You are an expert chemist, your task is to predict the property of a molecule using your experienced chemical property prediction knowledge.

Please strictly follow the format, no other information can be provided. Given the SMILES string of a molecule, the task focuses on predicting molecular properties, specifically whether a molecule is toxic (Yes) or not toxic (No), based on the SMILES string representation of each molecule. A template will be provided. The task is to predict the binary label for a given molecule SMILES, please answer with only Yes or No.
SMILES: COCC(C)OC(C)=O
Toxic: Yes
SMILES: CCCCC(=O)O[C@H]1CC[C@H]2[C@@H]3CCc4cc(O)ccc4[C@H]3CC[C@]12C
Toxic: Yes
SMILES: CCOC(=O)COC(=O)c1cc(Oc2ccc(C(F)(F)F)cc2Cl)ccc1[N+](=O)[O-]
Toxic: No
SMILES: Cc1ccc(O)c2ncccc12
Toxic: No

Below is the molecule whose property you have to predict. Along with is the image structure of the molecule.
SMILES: C[C@@H](N)C(=O)O
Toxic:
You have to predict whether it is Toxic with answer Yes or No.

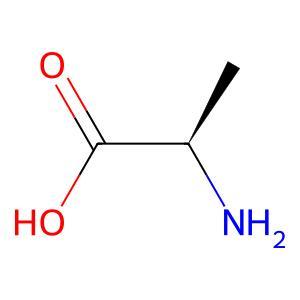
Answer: No